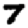
Digit: 7